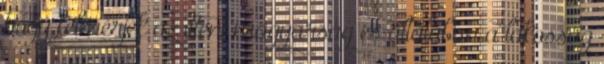
hogy felmérjék az itteni magyarság és általában a lakosság